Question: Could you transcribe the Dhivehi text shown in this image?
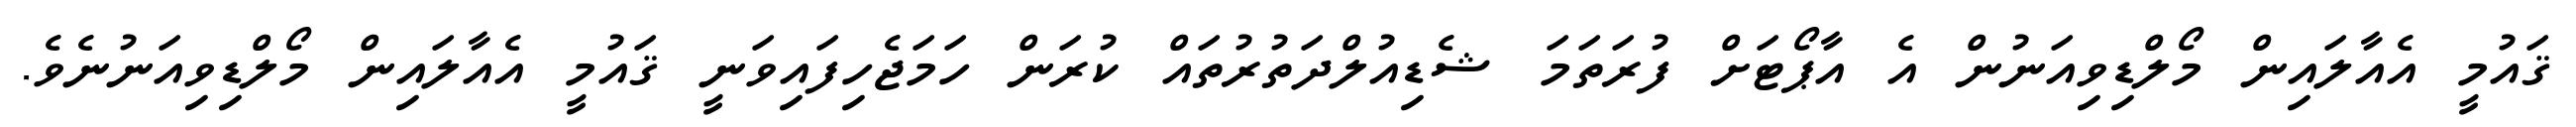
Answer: ޤައުމީ އެއާލައިން މޯލްޑިވިއަނުން އެ އާޕޯޓަށް ފުރަތަމަ ޝެޑިއުލްދަތުރުތައް ކުރަން ހަމަޖެހިފައިވަނީ ޤައުމީ އެއާލައިން މޯލްޑިވިއަނުނެވެ.